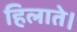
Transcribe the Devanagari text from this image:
हिलाते।